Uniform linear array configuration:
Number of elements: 24
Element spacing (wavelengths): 0.25
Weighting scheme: hann
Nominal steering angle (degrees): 15
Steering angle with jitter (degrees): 14.188
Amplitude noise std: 0.05
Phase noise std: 0.05

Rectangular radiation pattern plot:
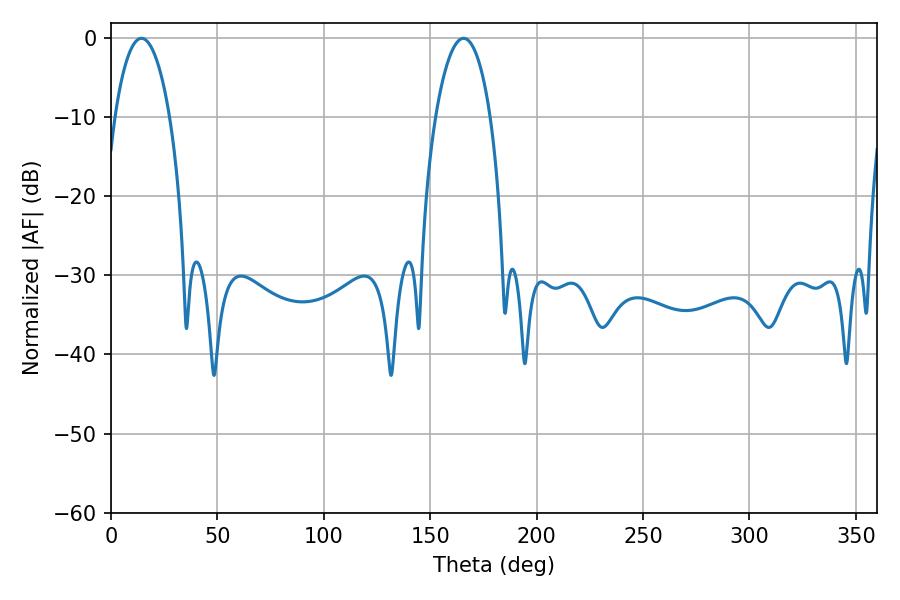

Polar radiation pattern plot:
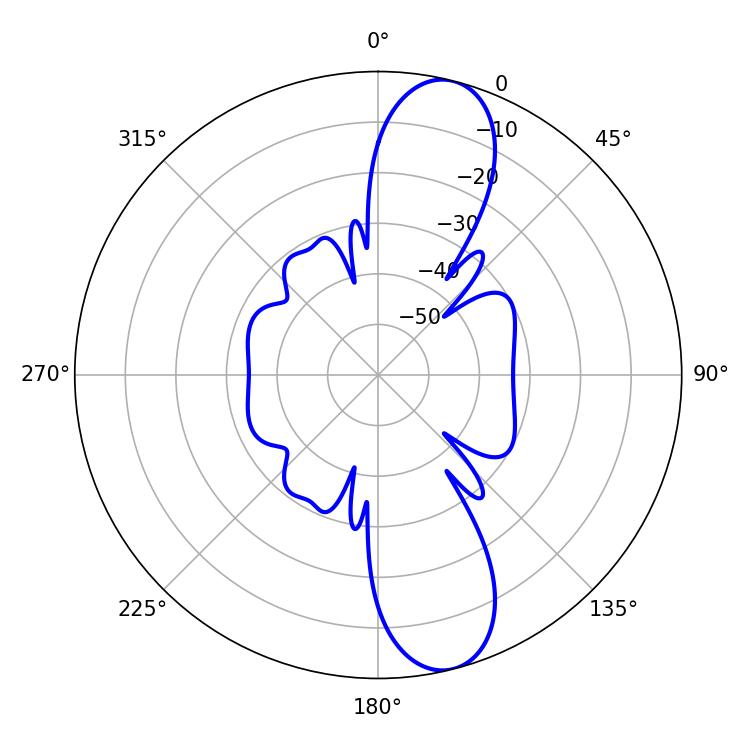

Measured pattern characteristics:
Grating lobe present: FALSE
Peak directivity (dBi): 11.761
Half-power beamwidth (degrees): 14.4
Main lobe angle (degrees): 14.4